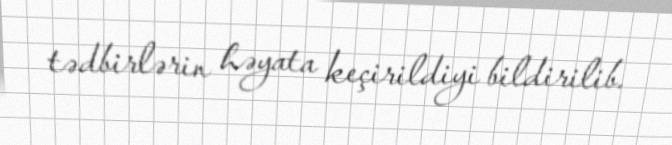
tədbirlərin həyata keçirildiyi bildirilib.